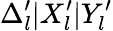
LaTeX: \Delta_{l}^{\prime}|X_{l}^{\prime}|Y_{l}^{\prime}